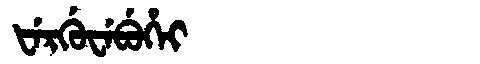
Manchu: ᡶᡝᡵᡤᡠᠸᡝᠪᡠᡥᡝᡳ
Romanization: FERGUWEBUHEI